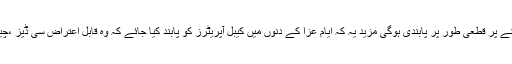
ر ریکارڈنگ چلانے پر قطعی طور پر پابندی ہوگی مزید یہ کہ ایام عزا کے دنوں میں کیبل آپریٹرز کو پابند کیا جائے کہ وہ قابل اعتراض سی ڈیز ،چینلز نشر نہ کریں ۔